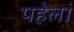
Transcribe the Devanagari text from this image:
पहेलां